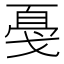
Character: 戞